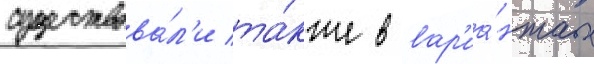
существова́л'и та́кже в вар'иа́нтах